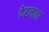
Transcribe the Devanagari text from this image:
देहलता